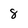
Character: 8